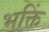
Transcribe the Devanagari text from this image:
भक्तिं